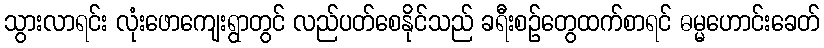
သွားလာရင်း လုံးဖောကျေးရွာတွင် လည်ပတ်စေနိုင်သည် ခရီးစဉ်တွေထက်စာရင် ဓမ္မဟောင်းခေတ်